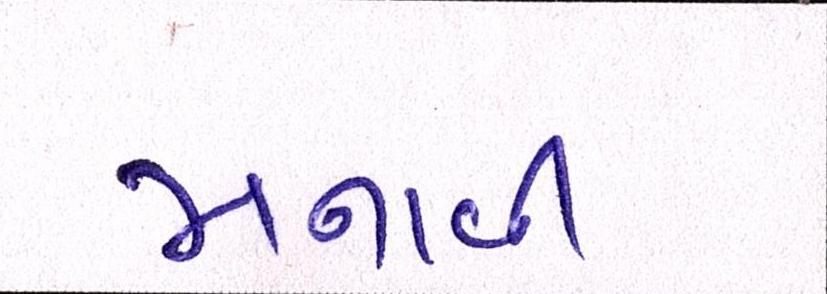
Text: મનાવી